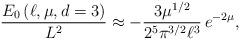
LaTeX: \begin{align*}\frac{E_{0}\left( \ell ,\mu ,d=3\right) }{L^{2}}\approx -\frac{3\mu ^{1/2}}{2^{5}\pi ^{3/2}\ell ^{3}}\, e^{-2\mu },\end{align*}